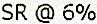
SR @ 6%